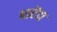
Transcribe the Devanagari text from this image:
धारेंदा